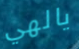
يالهي